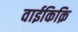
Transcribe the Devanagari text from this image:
वाईकिक़ि